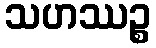
သဟဿဉ္စ